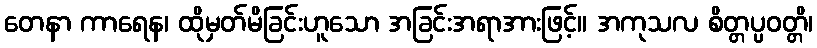
တေနာ ကာရေန၊ ထိုမှတ်မိခြင်းဟူသော အခြင်းအရာအားဖြင့်။ အကုသလ စိတ္တပ္ပဝတ္တိ၊